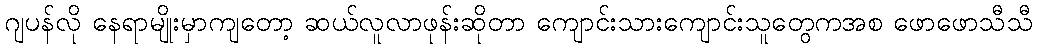
ဂျပန်လို နေရာမျိုးမှာကျတော့ ဆယ်လူလာဖုန်းဆိုတာ ကျောင်းသားကျောင်းသူတွေကအစ ဖောဖောသီသီ